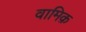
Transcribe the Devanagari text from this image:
वामिक़